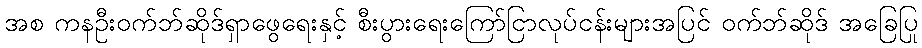
အစ ကနဦးဝက်ဘ်ဆိုဒ်ရှာဖွေရေးနှင့် စီးပွားရေးကြော်ငြာလုပ်ငန်းများအပြင် ဝက်ဘ်ဆိုဒ် အခြေပြု